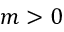
m > 0